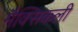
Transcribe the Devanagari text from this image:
मैक्सिकली